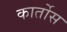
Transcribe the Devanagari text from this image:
कार्तोस